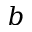
b